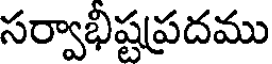
సర్వాభిష్టప్రదము